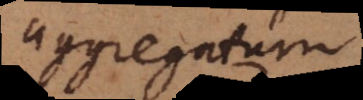
aggregatum